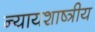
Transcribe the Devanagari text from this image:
न्यायशाष्त्रीय